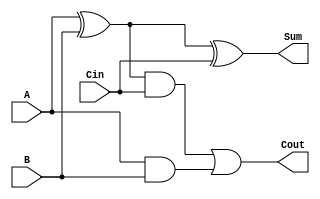
module full_adder (
    input A, 
    input B, 
    input Cin, 
    output Sum, 
    output Cout
);

// Internal signals
wire X1, X2;

// Sum output calculation
assign X1 = A ^ B;
assign Sum = X1 ^ Cin;

// Carry output calculation
assign X2 = A & B;
assign Cout = (X1 & Cin) | X2;

endmodule